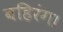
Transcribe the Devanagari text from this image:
बहिरंग।